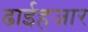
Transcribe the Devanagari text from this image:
ढाईहजार